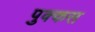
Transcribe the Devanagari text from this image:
पुक्कस